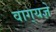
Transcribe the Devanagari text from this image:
वाग्‌यज्ञे